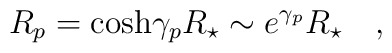
R_p = \cosh\!\gamma_p R_\star \sim e^{\gamma_p} R_\star \quad ,